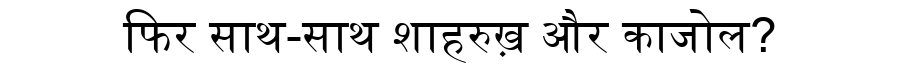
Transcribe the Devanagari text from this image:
फिर साथ-साथ शाहरुख़ और काजोल?